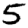
Digit: 5